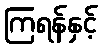
ကြရန်နှင့်